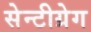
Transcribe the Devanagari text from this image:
सेन्टीग्रेग